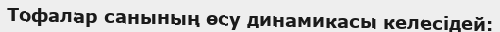
Тофалар санының өсу динамикасы келесідей: